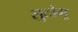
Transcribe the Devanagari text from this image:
सुटोमू